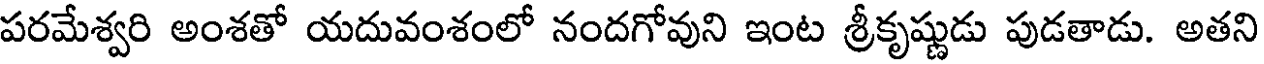
పరమేశ్వరి అంశతో యదువంశంలో నందగోవుని ఇంట శ్రీకృష్ణుడు పుడతాడు. అతని